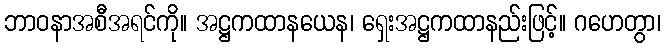
ဘာဝနာအစီအရင်ကို။ အဋ္ဌကထာနယေန၊ ရှေးအဋ္ဌကထာနည်းဖြင့်။ ဂဟေတွာ၊